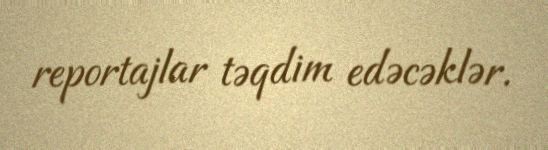
reportajlar təqdim edəcəklər.